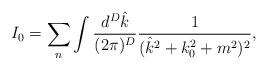
LaTeX: \begin{align*}I_0=\sum_{n}\int \frac{d^D\hat k}{(2\pi)^D}\frac{1}{(\hat{k}^2+k_0^2+m^2)^2},\end{align*}